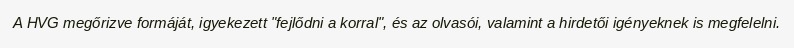
A HVG megőrizve formáját, igyekezett "fejlődni a korral", és az olvasói, valamint a hirdetői igényeknek is megfelelni.